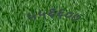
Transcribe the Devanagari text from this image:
५५६६०७